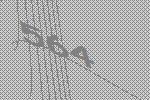
564